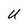
Character: U